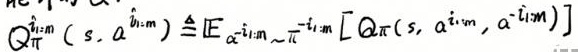
$\hat{Q}_{\pi}^{i: m}\left(s, a^{i: m}\right) \triangleq \mathbb{E}_{\alpha^{i: m} \sim \pi^{i: m}}\left[Q_{\pi}\left(s, a^{i: m}, \alpha^{-i: m}\right)\right]$